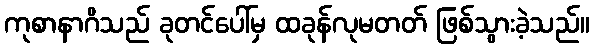
ကုစာနာဂိသည် ခုတင်ပေါ်မှ ထခုန်လုမတတ် ဖြစ်သွားခဲ့သည်။